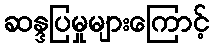
ဆန္ဒပြမှုများကြောင့်